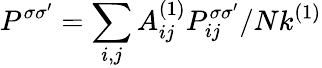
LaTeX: P^{\sigma\sigma^{\prime}}=\sum_{i,j}A_{ij}^{(1)}P_{ij}^{\sigma\sigma^{\prime}}/Nk^{(1)}